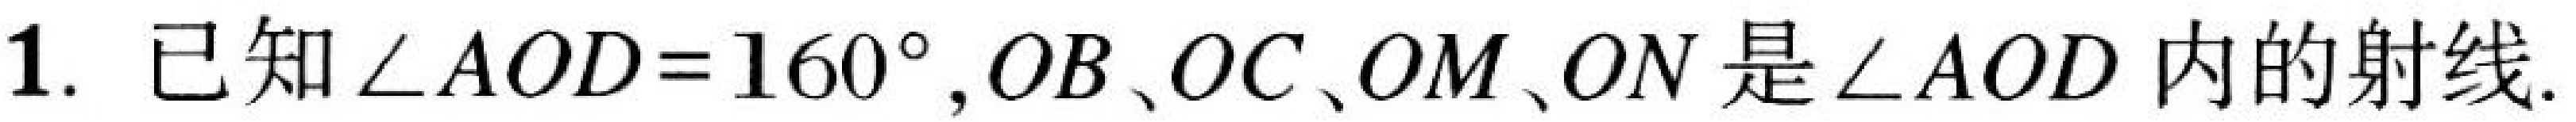
1. 已知 \(\angle AOD = 160^{\circ},OB、OC、OM、ON\) 是 \(\angle AOD\) 内的射线.